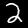
Digit: 2